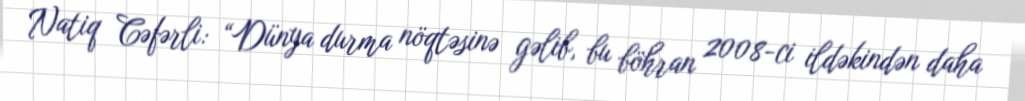
Natiq Cəfərli: “Dünya durma nöqtəsinə gəlib, bu böhran 2008-ci ildəkindən daha